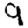
Digit: 9